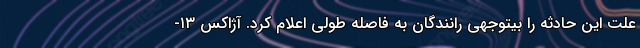
علت این حادثه را بیتوجهی رانندگان به فاصله طولی اعلام کرد. آژاکس ۱۳-